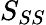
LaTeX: S_{SS}